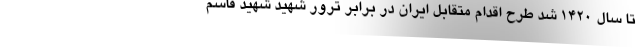
تا سال ۱۴۲۰ شد طرح اقدام متقابل ایران در برابر ترور شهید شهید قاسم